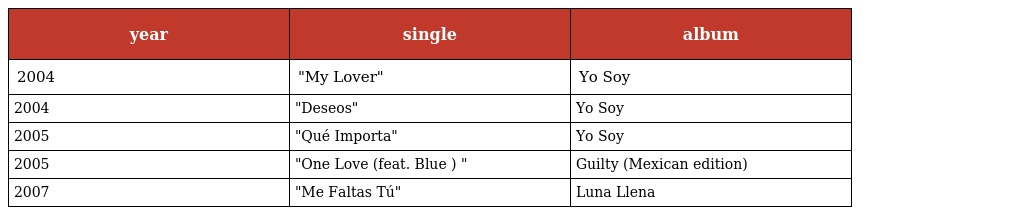
| year | single | album |
 | --- | --- | --- |
 | 2004 | "My Lover" | Yo Soy |
 | 2004 | "Deseos" | Yo Soy |
 | 2005 | "Qué Importa" | Yo Soy |
 | 2005 | "One Love (feat. Blue ) " | Guilty (Mexican edition) |
 | 2007 | "Me Faltas Tú" | Luna Llena |